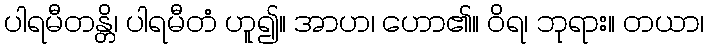
ပါရမီတန္တိ၊ ပါရမီတံ ဟူ၍။ အာဟ၊ ဟော၏။ ဝိရ၊ ဘုရား။ တယာ၊